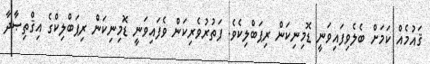
ޤައުމެއް ކަމަށް ބެލެވިފައިވަނީ ޑޮމިނިކަން ރިޕަބްލިކެވެ. ފަތުރުވެރިކަން ވެފައިވަނީ ޑޮމިނިކަން ރިޕަބްލިކްގެ އިޤްތިޞާދާ